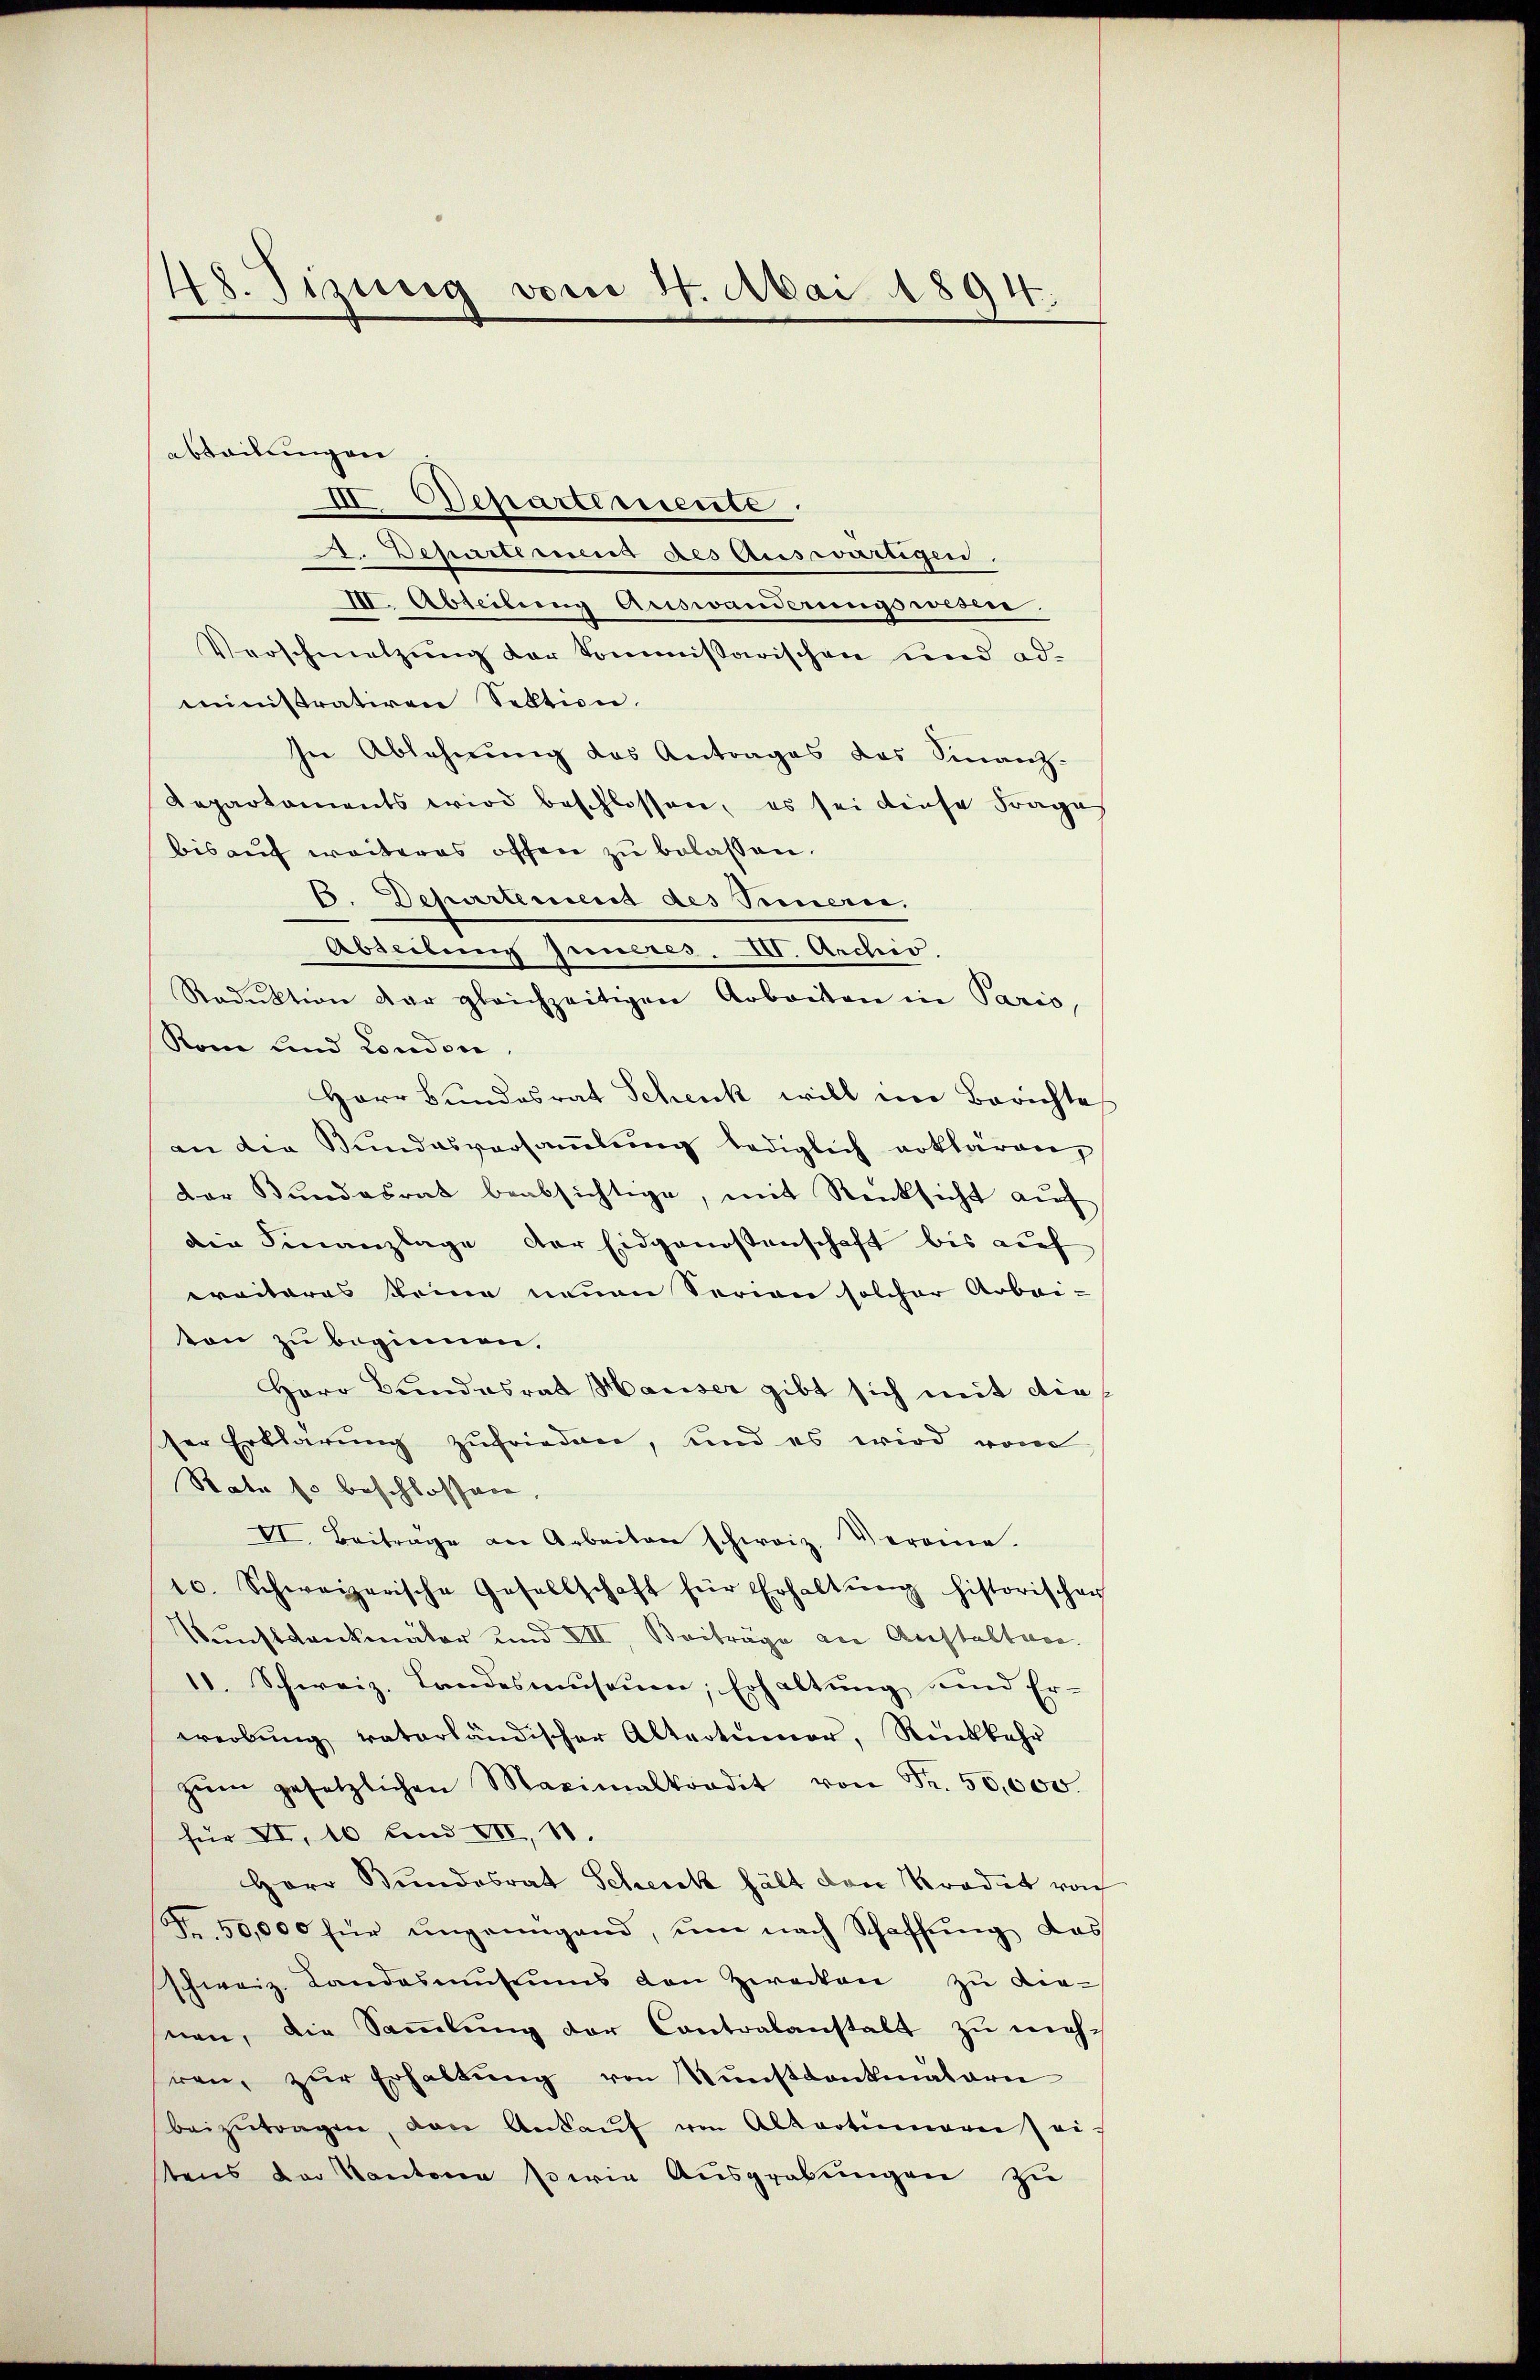
48. Sizung vom 24. Mai 1894.

abteilungen
II. Departemente
A. Departement des Auswärtigen
III. Abteilung Auswanderungswesen.
Verschmetzung der Commissarischen und administrativen Sektion.
In Ablehnung des Antrages das Finanz-
Departaments wird beschlossen, es sei diese Frage
bis auf weiteres offen zu belassen.
6. Departement des Sinnern.
Abseibung Inneres. III. Archiv
Reduktion der gleichzeitigen Arbeiten in Paris,
Rom und London,
Herr Bundesrat Schenk will im Berichte
an die Bundesversaṁlŭng lediglich erklären,
der Bŭndesrat beabsichtige, mit Rücksicht aŭf
die Finanzlage der Eidgenossenschaft bis auf
ereiteres keine neuen Serien solcher Arbei-
ton zu beginnen.
Herr Bundesrat Hauser gibt sich mit die
ser Erklärung zufrieden, und es wird vom
Rata so beschlossen
VI. Beiträge an Arbeiten schweiz. Verone.
10. Schweizerische Gesellschaft für Erhaltŭng historischen
Kunstankmator und VII, Beiträge an Anstalten
10. Schweiz. Landesmuseum, Erhaltung und Er-
werbŭng vaterländischer Altertümer, Rückkehr
zŭm gesetzlichen Maximalkradit von Fr. 50,000.
für VII, 10 und VII, 10.
Herr Bundesrat Schenk hält den Kredit von
Fr. 50,000 für ungenügend, um nach Schaffŭng das
schweiz. Landasmŭsiŭms den Zwecken zŭ die-
nen, die Sammlung der Contralanstalt zu mehren, zŭr Erhaltung von Kunstdankmaleri
beizŭtragen, von Ankaŭf von Altartinearie ei
stens der Kantone perie Ausgrabungen zu